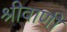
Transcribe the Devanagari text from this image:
श्रीवाणी